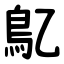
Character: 鳦